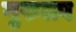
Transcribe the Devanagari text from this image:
गुरुत्त्व